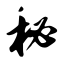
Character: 秘